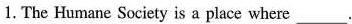
1.The Humane Society is a place where